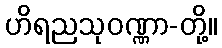
ဟိရညသုဝဏ္ဏာ-တို့။